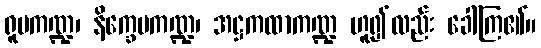
ရူပကဏ္ဍ၊ နိက္ခေပကဏ္ဍ၊ အဋ္ဌကထာကဏ္ဍ ဟူ၍လည်း ခေါ်ကြ၏။